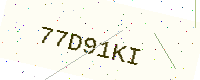
Text: 77D91KI